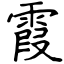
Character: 霞